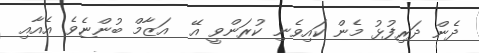
ދެން ދަރިފުޅު މެން ކައިވެނި ކުރަންވީ އޭ  އަޒާމް ބުންޏެވެ. އެއާއި